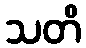
သတိ